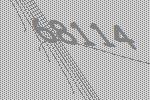
68114